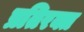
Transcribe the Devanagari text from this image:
प्रतिरक्त